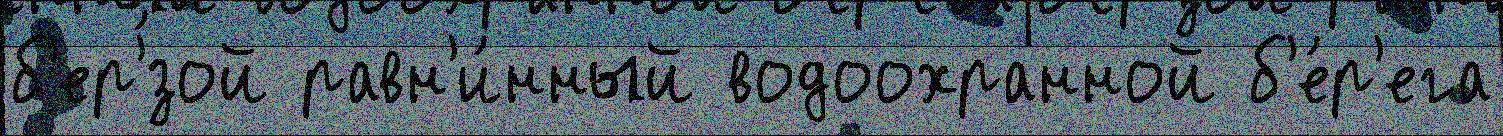
б'ер'́зой равн'и́нный водоохранной б'е́р'ега